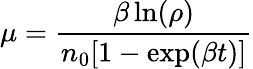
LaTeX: \mu={\frac{\beta\ln(\rho)}{n_{0}[1-\exp(\beta t)]}}